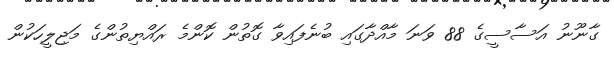
ގާނޫނު އަސާސީގެ 88 ވަނަ މާއްދާގައި ބުނެފައިވާ ގޮތުން ކޮންމެ ރައްޔިތުންގެ މަޖިލީހަކުން